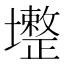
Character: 𡓟